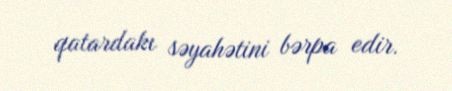
qatardakı səyahətini bərpa edir.